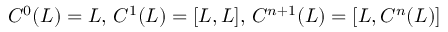
C ^ { 0 } ( L ) = L , \, C ^ { 1 } ( L ) = [ L , L ] , \, C ^ { n + 1 } ( L ) = [ L , C ^ { n } ( L ) ]